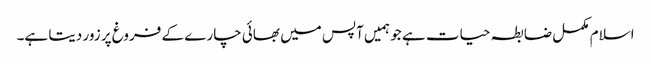
اسلام مکمل ضابطہ حیات ہے جو ہمیں آپس میں بھائی چارے کے فروغ پر زور دیتا ہے۔